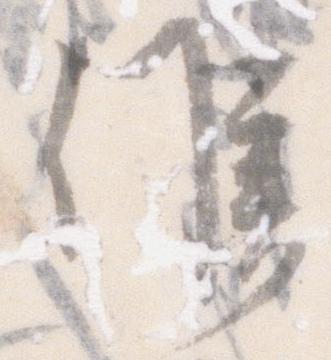
候